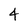
Character: 4